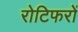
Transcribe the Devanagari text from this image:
रोटिफरों